Scottish Leaving Certificate Examination, 1952
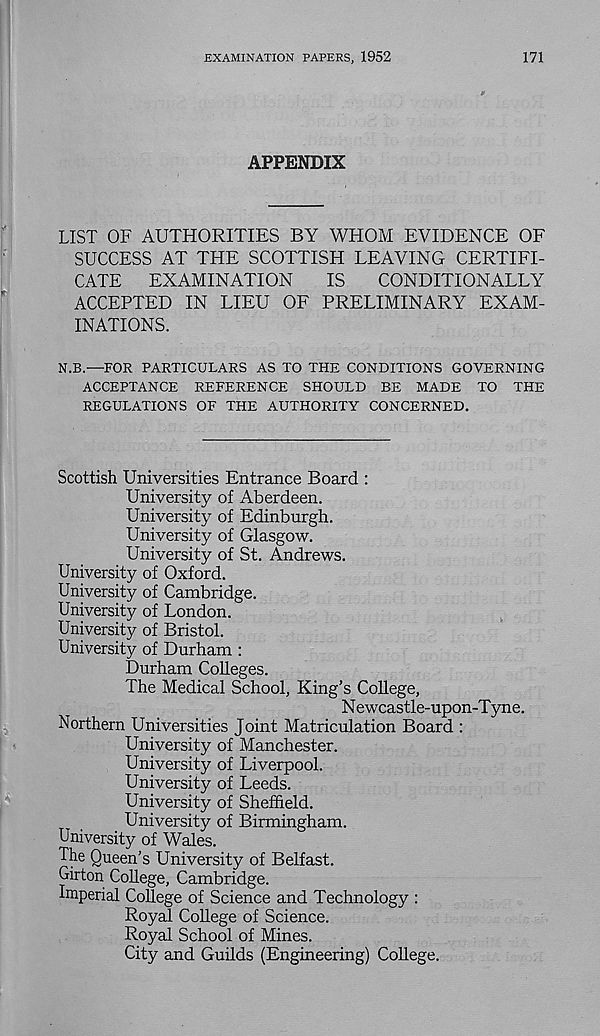
EXAMINATION PAPERS, 1952
171
APPENDIX
LIST OF AUTHORITIES BY WHOM EVIDENCE OF
SUCCESS AT THE SCOTTISH LEAVING CERTIFI-
CATE
EXAMINATION
IS
CONDITIONALLY
ACCEPTED IN LIEU OF PRELIMINARY EXAM-
INATIONS.
N.B.—FOR PARTICULARS AS TO THE CONDITIONS GOVERNING
ACCEPTANCE REFERENCE SHOULD BE MADE TO THE
REGULATIONS OF THE AUTHORITY CONCERNED.
Scottish Universities Entrance Board :
University of Aberdeen.
University of Edinburgh.
University of Glasgow.
University of St. Andrews.
University of Oxford.
University of Cambridge.
University of London.
University of Bristol.
University of Durham :
Durham Colleges.
The Medical School, King’s College,
Newcastle-upon-Tyne.
Northern Universities Joint Matriculation Board :
University of Manchester.
University of Liverpool.
University of Leeds.
University of Sheffield.
University of Birmingham.
University of Wales.
The Queen’s University of Belfast.
Girton College, Cambridge.
Imperial College of Science and Technology :
Royal College of Science.
Royal School of Mines.
City and Guilds (Engineering) College.